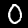
Digit: 0